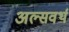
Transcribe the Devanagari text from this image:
अल्सवर्थ